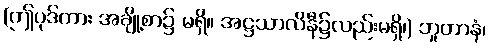
(ဤပုဒ်ကား အချို့စာ၌ မရှိ။ အဋ္ဌသာလိနီ၌လည်းမရှိ၊) ဘူတာနံ၊